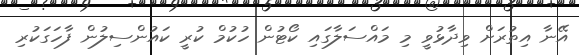
އޭނާ އިތުރަށް ވިދާޅުވީ މި މައްސަލާގައި ކޯޓުން ހުކުމް ކުރީ ކައުންސިލުން ފާހަގަކުރި